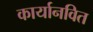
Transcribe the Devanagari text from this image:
कार्यानवित